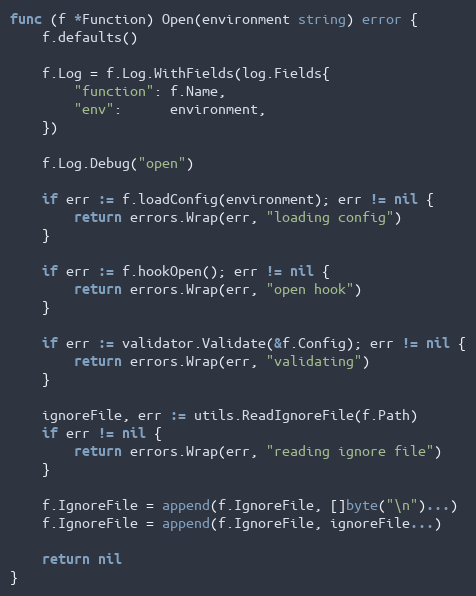
Language: Go
func (f *Function) Open(environment string) error {
	f.defaults()

	f.Log = f.Log.WithFields(log.Fields{
		"function": f.Name,
		"env":      environment,
	})

	f.Log.Debug("open")

	if err := f.loadConfig(environment); err != nil {
		return errors.Wrap(err, "loading config")
	}

	if err := f.hookOpen(); err != nil {
		return errors.Wrap(err, "open hook")
	}

	if err := validator.Validate(&f.Config); err != nil {
		return errors.Wrap(err, "validating")
	}

	ignoreFile, err := utils.ReadIgnoreFile(f.Path)
	if err != nil {
		return errors.Wrap(err, "reading ignore file")
	}

	f.IgnoreFile = append(f.IgnoreFile, []byte("\n")...)
	f.IgnoreFile = append(f.IgnoreFile, ignoreFile...)

	return nil
}